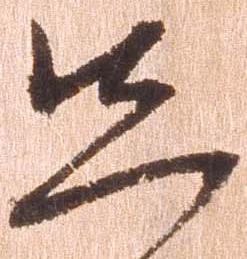
先